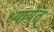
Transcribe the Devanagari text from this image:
ध्यायेत्